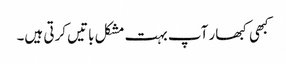
کبھی کبھار آپ بہت مشکل باتیں کرتی ہیں۔